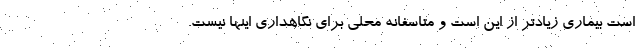
است بیماری زیادتر از این است و متاسفانه محلی برای نگاهداری اینها نیست.